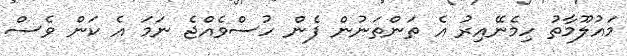
މައުލޫމާތު ހިމެނޭއިރު އެ ތަންތަނުން ފެން ހުސްވެއްޖެ ނަމަ އެ ކަން ވެސް